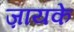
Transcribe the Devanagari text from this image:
ज़ायके